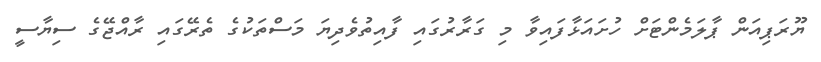
ޔޫރަޕިއަން ޕާލަމެންޓަށް ހުށައަޅާފައިވާ މި ގަރާރުގައި ފާއިތުވެދިޔަ މަސްތަކުގެ ތެރޭގައި ރާއްޖޭގެ ސިޔާސީ